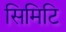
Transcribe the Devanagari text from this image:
सिमिटि